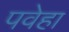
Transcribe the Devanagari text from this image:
पवेहा